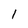
Character: 1